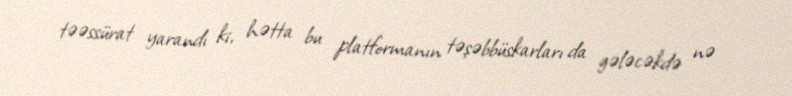
təəssürat yarandı ki, hətta bu platformanın təşəbbüskarları da gələcəkdə nə